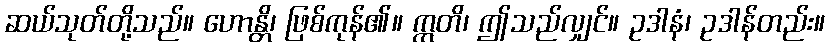
ဆယ်သုတ်တို့သည်။ ဟောန္တိ၊ ဖြစ်ကုန်၏။ ဣတိ၊ ဤသည်လျှင်။ ဥဒါနံ၊ ဥဒါန်တည်း။